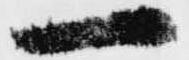
一